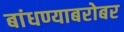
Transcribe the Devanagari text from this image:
बांधण्याबरोबर